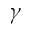
\gamma